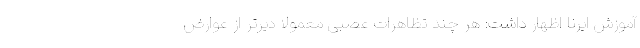
آموزش ایرنا اظهار داشت: هر چند تظاهرات عصبی معمولا دیرتر از عوارض